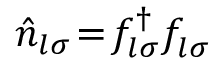
\hat { n } _ { l \sigma } \! = \! f _ { l \sigma } ^ { \dagger } f _ { l \sigma } ^ { \phantom { \dagger } }